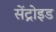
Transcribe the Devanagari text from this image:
सेंट्रोइड